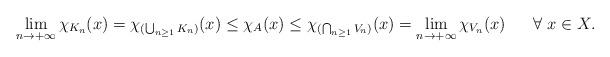
LaTeX: \begin{align*} \lim _{n \rightarrow + \infty} \chi_{K_n} (x) = \chi_{(\bigcup_{n \geq 1} K_n)} (x) \leq \chi_A (x) \leq \chi_{(\bigcap_{n \geq 1} V_n)}(x) = \lim_{n \rightarrow + \infty} \chi_{V_n} (x) \ \ \ \ \ \forall \ x \in X. \end{align*}